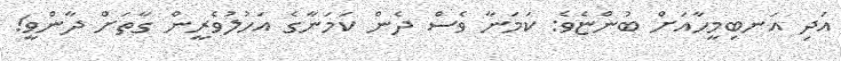
އަދި އަނބިމީހާއަށް ބުންޏެވެ: ކަމަނާ ވެސް ދެން ކަމަނާގެ އަހުލުވެރީން ގާތަށް ދާންވީ!